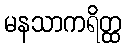
မနသာကရိတ္ထ